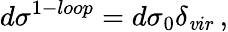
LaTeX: d\sigma^{1-loop}=d\sigma_{0}\delta_{\mathit{v}ir}\, ,